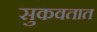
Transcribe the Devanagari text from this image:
सुकवतात